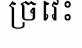
ច្រវេះ